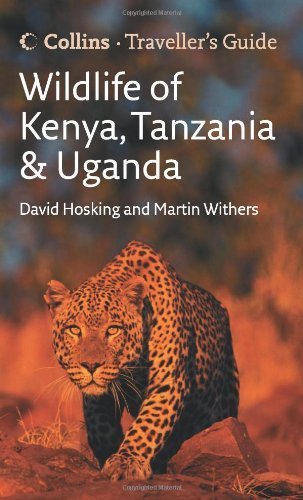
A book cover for Wildlife of Kenya. Tanzania and Uganda (Traveller's Guide) by Hosking. David ( 2007 ) Paperback; Travel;